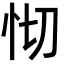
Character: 𢗠